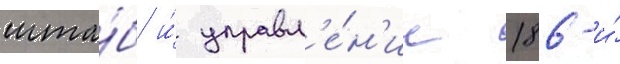
шта́б и́ управл'е́н'ие 186-и́